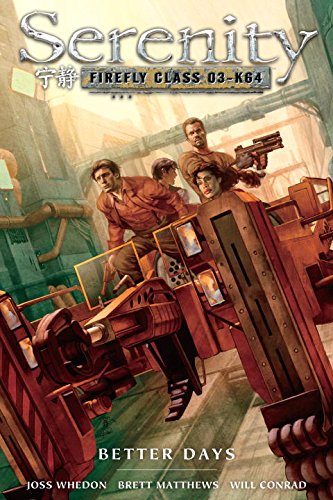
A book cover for Serenity, Vol. 2: Better Days; Joss Whedon; Comics & Graphic Novels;